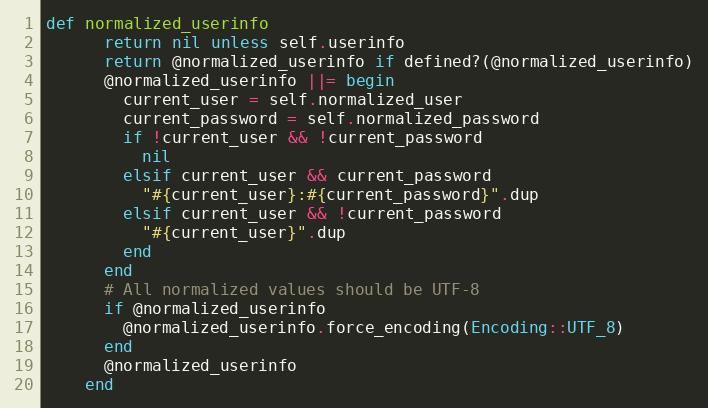
Language: Ruby
def normalized_userinfo
      return nil unless self.userinfo
      return @normalized_userinfo if defined?(@normalized_userinfo)
      @normalized_userinfo ||= begin
        current_user = self.normalized_user
        current_password = self.normalized_password
        if !current_user && !current_password
          nil
        elsif current_user && current_password
          "#{current_user}:#{current_password}".dup
        elsif current_user && !current_password
          "#{current_user}".dup
        end
      end
      # All normalized values should be UTF-8
      if @normalized_userinfo
        @normalized_userinfo.force_encoding(Encoding::UTF_8)
      end
      @normalized_userinfo
    end